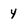
Character: 4